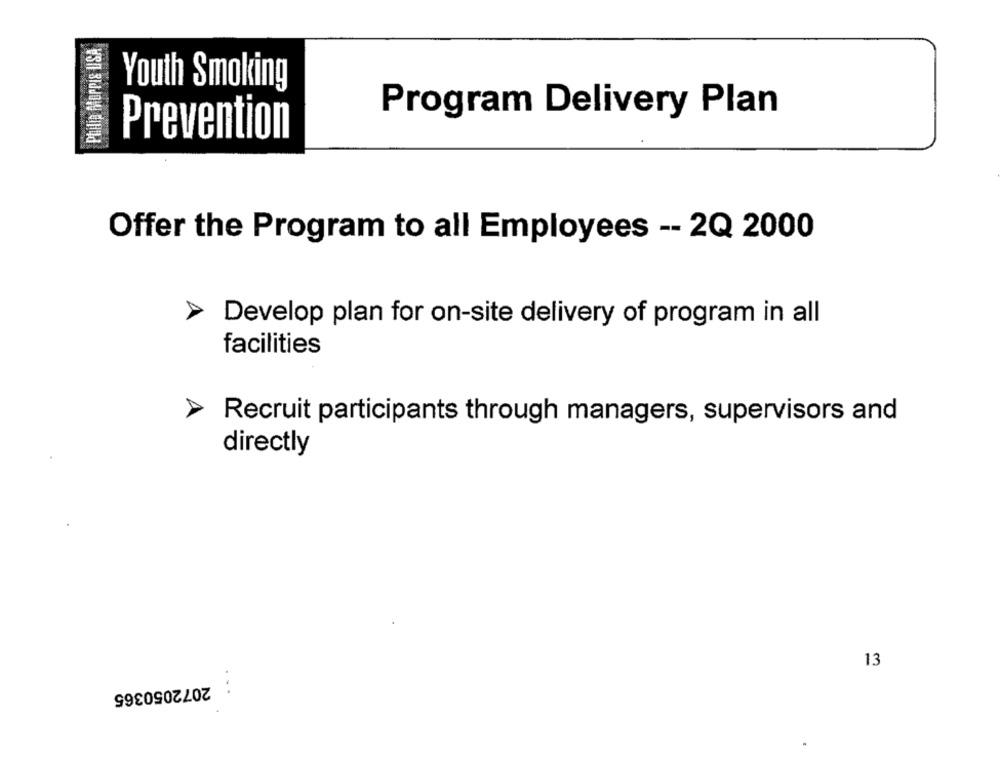
Philip Morris LISA
Youth Smoking
Program Delivery Plan
Prevention
Offer the Program to all Employees -- 2Q 2000
Develop plan for on-site delivery of program in all
facilities
Recruit participants through managers, supervisors and
directly
13
2072050365
...